Vaccination in Burma 1900-1911 - 1900-1911
Year: 1900
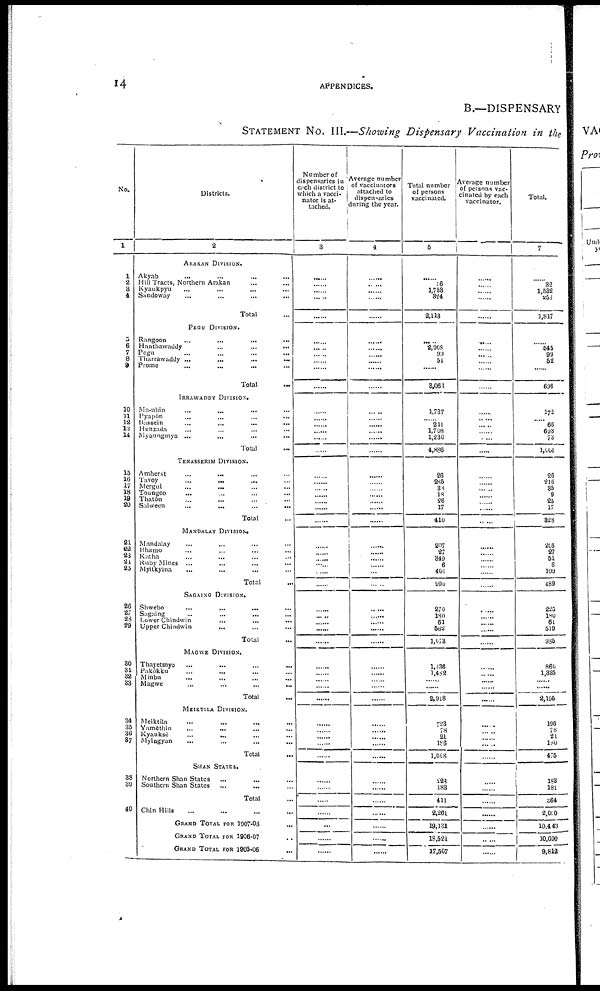
14
APPENDICES.
B.—DISPENSARY
STATEMENT NO. III.—Showing Dispensary Vaccination in the
No.
1
1
2
3
4
5
6
7
8
9
10
11
12
13
14
15
16
17
18
19
20
21
22
23
24
25
26
27
28
29
30
31
32 33
34
35
36
37
38
39
40
Districts.
2
ARAKAN DIVISION.
Akyab ... ... ... ...
Hill Tracts, Northern Arakan ... ...
Kyaukpyu
...
... ... ...
Sandoway
...
...
...
...
Total ...
PEGU DIVISION.
Rangoon ... ... ... ...
Hanthawaddy
...
...
...
Pegu ... ... ... ...
Tharrawaddy ...
...
...
...
Prome
...
...
...
...
Total ...
IRRAWADDY DIVISION.
Ma-ubin ... ... ... ...
Pyapôn ... ... ... ...
Bussein
...
...
...
...
Henzada ... ... ... ...
Myaungmya ...
...
...
...
Total ...
TENASSERIM DIVISION.
Amherst ... ... ... ...
Tavoy
...
...
... ...
Mergui ... ... ... ...
Toungoo
... ... ... ...
Thatôn ... ... ... ...
Salween
...
...
...
...
Total ...
MANDALAY DIVISION.
Mandalay
...
... ... ...
Bhamo ... ... ... ...
Katha ... ... ... ...
Ruby Mines ... ... ... ...
Myitkyina ... ... ... ...
Total ...
SAGAING DIVISION.
Shwebo
...
...
... ...
Sagaing ... ... ... ...
Lower Chindwin
...
...
...
Upper Chindwin
... ... ...
Total ...
MAGWE DIVISION.
Thayetmyo
...
...
...
...
Pakôkku ... ... ... ...
Minbu
...
...
...
...
Magwe ... ... ... ...
Total ...
MEIKTILA DIVISION.
Meiktila ... ... ... ...
Yamèthin ... ... ... ...
Kyauksè
...
... ... ...
Myingyan ... ... ... ...
Total ...
SHAN STATES.
Northern Shan States ... ... ...
Southern Shan States ... ... ...
Total ...
Chin Hills ... ... ... ...
GRAND TOTAL FOR 1907-08 ...
GRAND TOTAL FOR 1906-07 ...
GRAND TOTAL FOR 1906-08 ...
Number of
dispensaries in
each district to
which a vacci-
nator is at-
tached.
3
......
......
......
......
......
......
......
......
......
......
......
......
......
......
......
......
......
......
......
......
......
......
......
......
......
......
......
......
......
......
......
......
......
......
......
......
......
......
......
......
......
......
......
......
......
......
......
......
......
......
......
......
Average number
of vaccinators
attached to
dispensaries
during the year.
4
......
......
......
......
......
......
......
......
......
......
......
......
......
......
......
......
......
......
......
......
......
......
......
......
......
......
......
......
......
......
...... ......
......
......
......
......
......
......
......
......
......
......
......
......
......
......
......
......
......
......
......
......
Total number
of persons
vaccinated.
5
......
16
1,753
324
2,113
......
2,908
99
51
......
8,061
1,737
......
211
1,708
1,230
4,886
26
285
38
18
26
17
410
207
27
349
6
401
990
270
180
61
562
1,073
1,436
1,482
......
......
2,918
723
78
21
186
1,008
228
183
411
2,261
19,131
18,521
17,507
Average number
of persons vac-
cinated by each
vaccinator.
6
......
......
......
......
......
......
......
......
......
......
......
......
......
......
......
......
......
......
......
......
......
......
......
......
......
......
......
......
......
......
......
......
......
......
......
...... ......
......
......
......
......
......
......
......
......
......
......
......
......
......
......
Total.
7
......
32
1,532
253
1,817
......
545
99
52
......
696
172
......
66
693
73
1,004
26
216
35
9
25
17
828
206
27
51
6
199
489
225
180
61
519
985
860
1,335
......
......
2,195
196
78
21
180
475
183
181
364
2,000
10,443
10,690
9,812